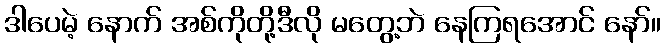
ဒါပေမဲ့ နောက် အစ်ကိုတို့ဒီလို မတွေ့ဘဲ နေကြရအောင် နော်။